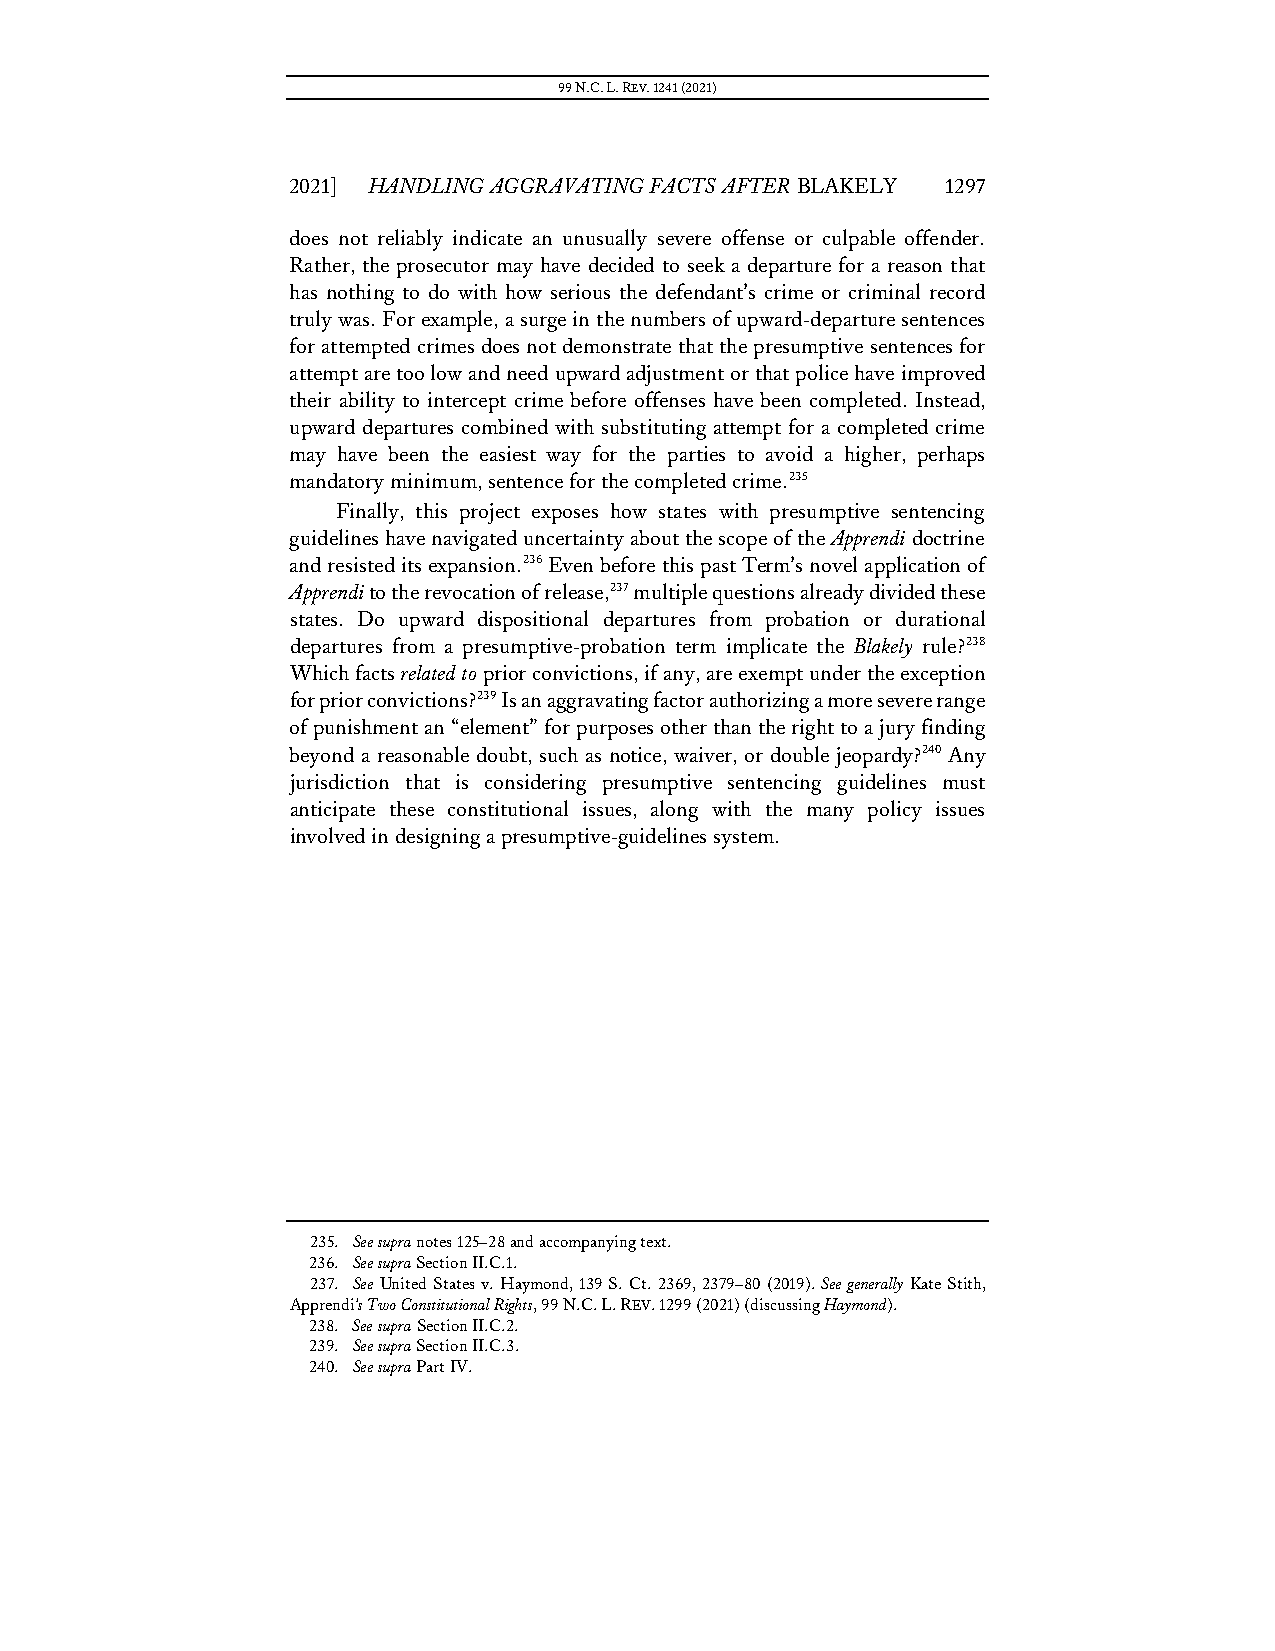
99 N.C. L. REV. 1241 (2021)
 2021] HANDLING AGGRAVATING FACTS AFTER BLAKELY 1297
 does not reliably indicate an unusually severe offense or culpable offender.
 Rather, the prosecutor may have decided to seek a departure for a reason that
 has nothing to do with how serious the defendant’s crime or criminal record
 truly was. For example, a surge in the numbers of upward-departure sentences
 for attempted crimes does not demonstrate that the presumptive sentences for
 attempt are too low and need upward adjustment or that police have improved
 their ability to intercept crime before offenses have been completed. Instead,
 upward departures combined with substituting attempt for a completed crime
 may have been the easiest way for the parties to avoid a higher, perhaps
 mandatory minimum, sentence for the completed crime.235
 Finally, this project exposes how states with presumptive sentencing
 guidelines have navigated uncertainty about the scope of the Apprendi doctrine
 and resisted its expansion.236 Even before this past Term’s novel application of
 Apprendi to the revocation of release,237 multiple questions already divided these
 states. Do upward dispositional departures from probation or durational
 departures from a presumptive-probation term implicate the Blakely rule?238
 Which facts related to prior convictions, if any, are exempt under the exception
 for prior convictions?239 Is an aggravating factor authorizing a more severe range
 of punishment an “element” for purposes other than the right to a jury finding
 beyond a reasonable doubt, such as notice, waiver, or double jeopardy?240 Any
 jurisdiction that is considering presumptive sentencing guidelines must
 anticipate these constitutional issues, along with the many policy issues
 involved in designing a presumptive-guidelines system.
 235. See supra notes 125–28 and accompanying text.
 236. See supra Section II.C.1.
 237. See United States v. Haymond, 139 S. Ct. 2369, 2379–80 (2019). See generally Kate Stith,
 Apprendi’s Two Constitutional Rights, 99 N.C. L. REV. 1299 (2021) (discussing Haymond).
 238. See supra Section II.C.2.
 239. See supra Section II.C.3.
 240. See supra Part IV.